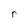
Character: r